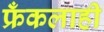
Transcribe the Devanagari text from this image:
फ्रँकलाही